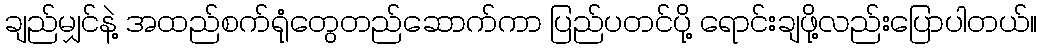
ချည်မျှင်နဲ့ အထည်စက်ရုံတွေတည်ဆောက်ကာ ပြည်ပတင်ပို့ ရောင်းချဖို့လည်းပြောပါတယ်။